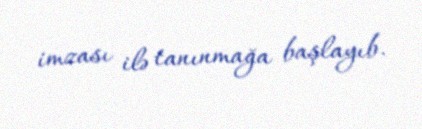
imzası ilə tanınmağa başlayıb.